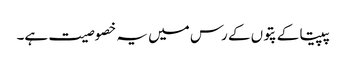
پپیتا کے پتوں کے رس میں یہ خصوصیت ہے۔